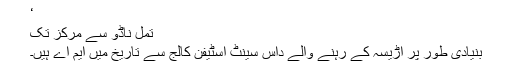
‘
تمل ناڈو سے مرکز تک
بنیادی طور پر اڑیسہ کے رہنے والے داس سینٹ اسٹیفن کالج سے تاریخ میں ایم اے ہیں۔